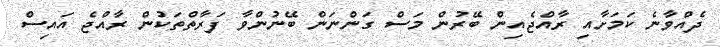
ދެއްވާނެ ކަމަށާއި ރާއްޖެއިން ބޭރުން މަސް ގަންނަން ބޭނުންވާ ފަރާތްތަކުން ރާއްޖެ އައިސް